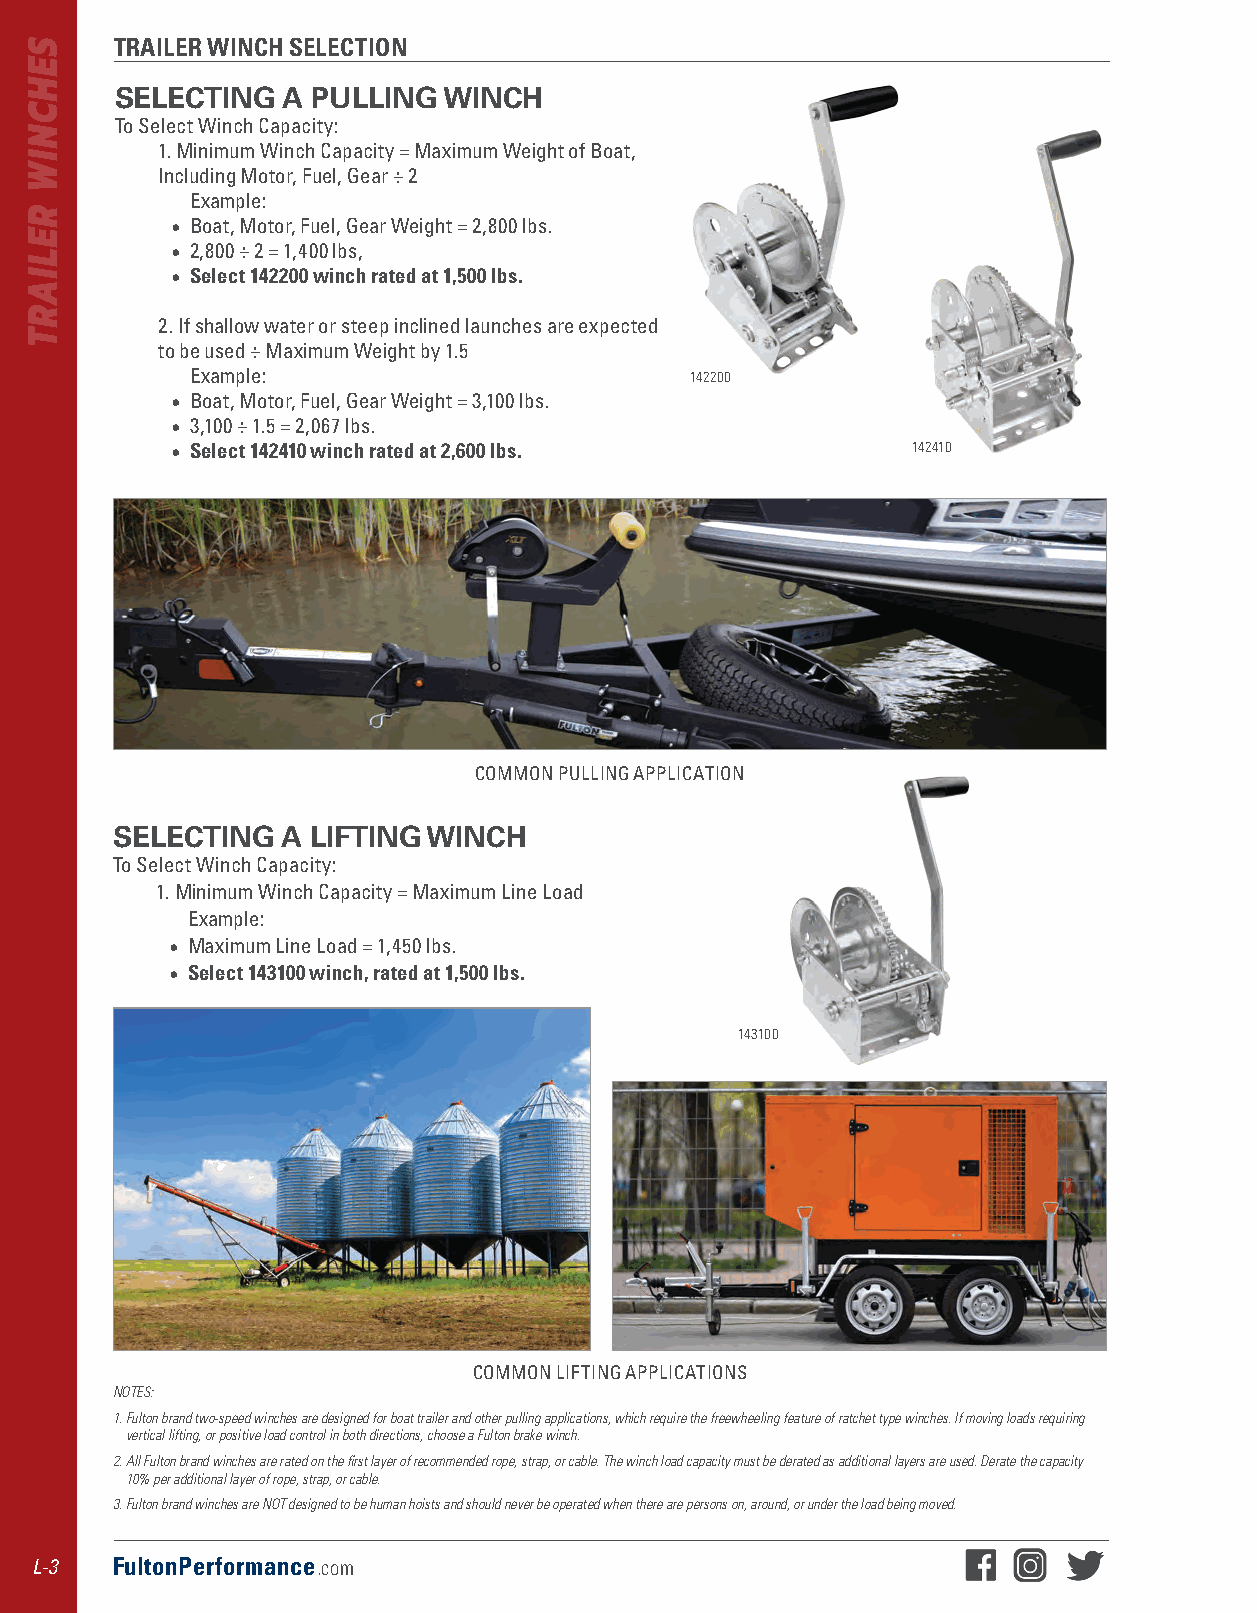
TRAILER WINCH SELECTION
 SELECTING  A PULLING WINCH
 To Select Winch Capacity:
 1 . Minimum Winch Capacity = Maximum Weight of Boat,
 Including Motor, Fuel, Gear ÷ 2
 Example:
 • Boat, Motor, Fuel, Gear Weight = 2,800 lbs .
 • 2,800 ÷ 2 = 1,400 lbs,
 • Select 142200 winch rated at 1,500 lbs.
 2 . If shallow water or steep inclined launches are expected
 to be used ÷ Maximum Weight by 1 .5
 Example:                         142200
 • Boat, Motor, Fuel, Gear Weight = 3,100 lbs .
 • 3,100 ÷ 1 .5 = 2,067 lbs .
 • Select 142410 winch rated at 2,600 lbs.        142410
 COMMON PULLING APPLICATION
 SELECTING   A LIFTING WINCH
 To Select Winch Capacity:
 1 . Minimum Winch Capacity = Maximum Line Load
 Example:
 • Maximum Line Load = 1,450 lbs .
 • Select 143100 winch, rated at 1,500 lbs.
 143100
 COMMON LIFTING APPLICATIONS
 NOTES:
 1. Fulton brand two-speed winches are designed for boat trailer and other pulling applications, which require the freewheeling feature of ratchet type winches. If moving loads requiring
 vertical lifting, or positive load control in both directions, choose a Fulton brake winch.
 2. All Fulton brand winches are rated on the first layer of recommended rope, strap, or cable. The winch load capacity must be derated as additional layers are used. Derate the capacity
 10% per additional layer of rope, strap, or cable.
 3. Fulton brand winches are NOT designed to be human hoists and should never be operated when there are persons on, around, or under the load being moved.
 L-3  FultonPerformance.com
 SEHCNIW
 RELIART